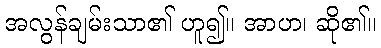
အလွန်ချမ်းသာ၏ ဟူ၍။ အာဟ၊ ဆို၏။